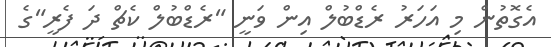
އެގޮތުން މި އަހަރު ރެޑްބުލް އިން ވަނީ "ރެޑްބުލް ކެޗް ދަ ފެރީ"ގެ